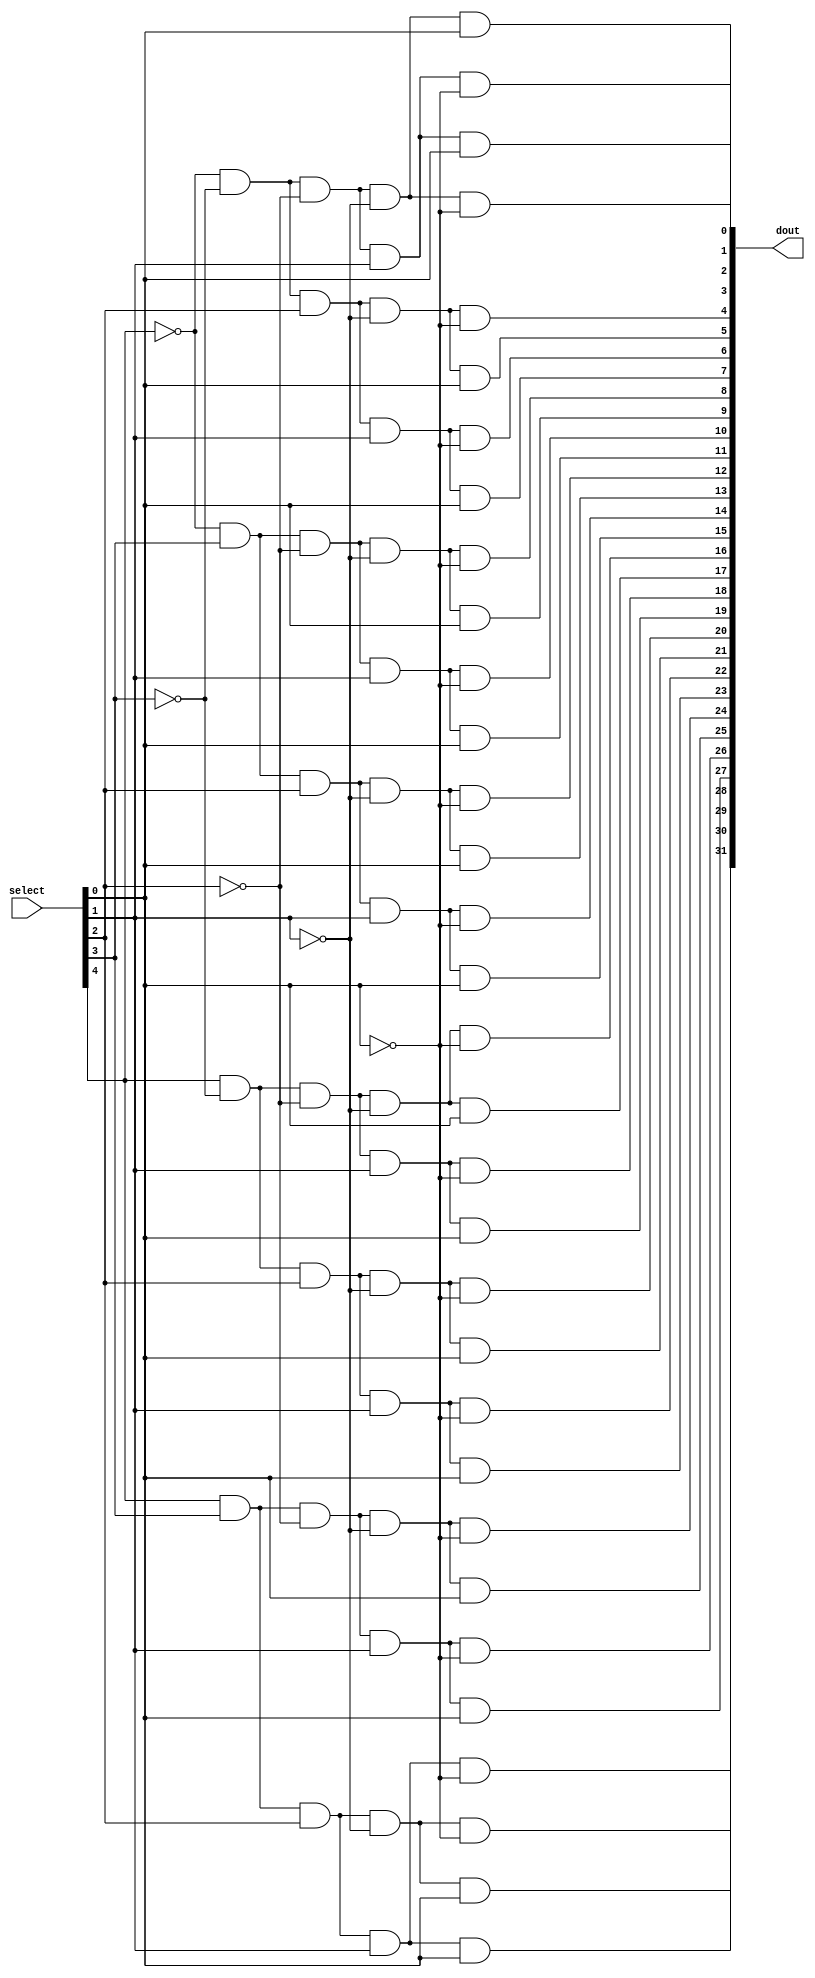
module Lab3(select, dout);

input [4:0] select;
output [31:0] dout;

//always @(*) begin

//case(select)
//conditions, then colon, then what happens after
//all need to be inside always. Circuit does not care about clock.
//only changing inputs matter for this block


//this is bahavioral: ripped directly from truth table describing behavior
//5'b00000: dout = 32'b00000000000000000000000000000001;

//this is same as above, yet the binary input is instead a decimal for ease
//5'd1: dout = 32'b00000000000000000000000000000010;


//endcase
//end  //higher level things like loops need to be in always
//combinational does not need to be in a loop



//this one assigns output based off of input
assign dout[0] = ~select[4] & ~select[3] & ~select[2] & ~select[1] & ~select[0];

assign dout[1] = ~select[4] & ~select[3] & ~select[2] & ~select[1] & select[0];

assign dout[2] = ~select[4] & ~select[3] & ~select[2] & select[1] & ~select[0];

assign dout[3] = ~select[4] & ~select[3] & ~select[2] & select[1] & select[0];

assign dout[4] = ~select[4] & ~select[3] & select[2] & ~select[1] & ~select[0];

assign dout[5] = ~select[4] & ~select[3] & select[2] & ~select[1] & select[0];

assign dout[6] = ~select[4] & ~select[3] & select[2] & select[1] & ~select[0];

assign dout[7] = ~select[4] & ~select[3] & select[2] & select[1] & select[0];

assign dout[8] = ~select[4] & select[3] & ~select[2] & ~select[1] & ~select[0];

assign dout[9] = ~select[4] & select[3] & ~select[2] & ~select[1] & select[0];

assign dout[10] = ~select[4] & select[3] & ~select[2] & select[1] & ~select[0];

assign dout[11] = ~select[4] & select[3] & ~select[2] & select[1] & select[0];

assign dout[12] = ~select[4] & select[3] & select[2] & ~select[1] & ~select[0];

assign dout[13] = ~select[4] & select[3] & select[2] & ~select[1] & select[0];

assign dout[14] = ~select[4] & select[3] & select[2] & select[1] & ~select[0];

assign dout[15] = ~select[4] & select[3] & select[2] & select[1] & select[0];

assign dout[16] = select[4] & ~select[3] & ~select[2] & ~select[1] & ~select[0];

assign dout[17] = select[4] & ~select[3] & ~select[2] & ~select[1] & select[0];

assign dout[18] = select[4] & ~select[3] & ~select[2] & select[1] & ~select[0];

assign dout[19] = select[4] & ~select[3] & ~select[2] & select[1] & select[0];

assign dout[20] = select[4] & ~select[3] & select[2] & ~select[1] & ~select[0];

assign dout[21] = select[4] & ~select[3] & select[2] & ~select[1] & select[0];

assign dout[22] = select[4] & ~select[3] & select[2] & select[1] & ~select[0];

assign dout[23] = select[4] & ~select[3] & select[2] & select[1] & select[0];

assign dout[24] = select[4] & select[3] & ~select[2] & ~select[1] & ~select[0];

assign dout[25] = select[4] & select[3] & ~select[2] & ~select[1] & select[0];

assign dout[26] = select[4] & select[3] & ~select[2] & select[1] & ~select[0];

assign dout[27] = select[4] & select[3] & ~select[2] & select[1] & select[0];

assign dout[28] = select[4] & select[3] & select[2] & ~select[1] & ~select[0];

assign dout[29] = select[4] & select[3] & select[2] & ~select[1] & select[0];

assign dout[30] = select[4] & select[3] & select[2] & select[1] & ~select[0];

assign dout[31] = select[4] & select[3] & select[2] & select[1] & select[0];



endmodule